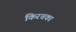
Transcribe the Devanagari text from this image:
किरचका